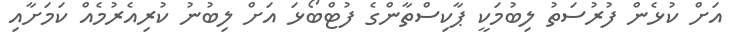
އަށް ކުޅެން ފުރުސަތު ލިބުމަކީ ޕާކިސްތާންގެ ފުޓްބޯޅަ އަށް ލިބުނު ކުރިއެރުމެއް ކަމަށާއި